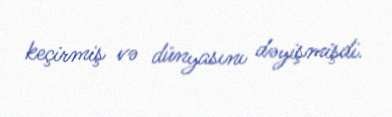
keçirmiş və dünyasını dəyişmişdi.